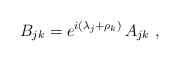
\begin{align*}B_{jk} = e^{i(\lambda_j + \rho_k)}\, A_{jk}\ ,\end{align*}